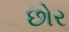
છોર